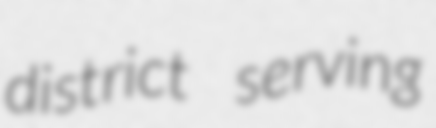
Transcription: district serving